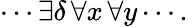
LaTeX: \cdots\exists\delta\, \forall x\, \forall y\cdots.